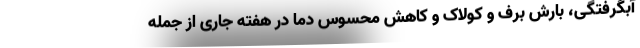
آبگرفتگی، بارش برف و کولاک و کاهش محسوس دما در هفته جاری از جمله